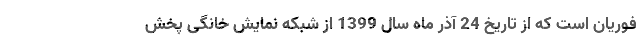
فوریان است که از تاریخ 24 آذر ماه سال 1399 از شبکه نمایش خانگی پخش